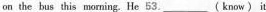
on the bus this morring. He 53.___( know) it